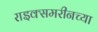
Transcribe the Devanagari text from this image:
राइक्समरीनच्या